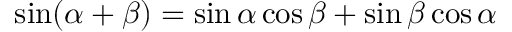
\sin ( \alpha + \beta ) = \sin \alpha \cos \beta + \sin \beta \cos \alpha